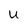
Character: U